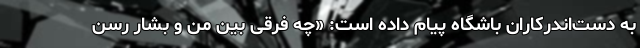
به دست‌اندرکاران باشگاه پیام داده است: «چه فرقی بین من و بشار رسن